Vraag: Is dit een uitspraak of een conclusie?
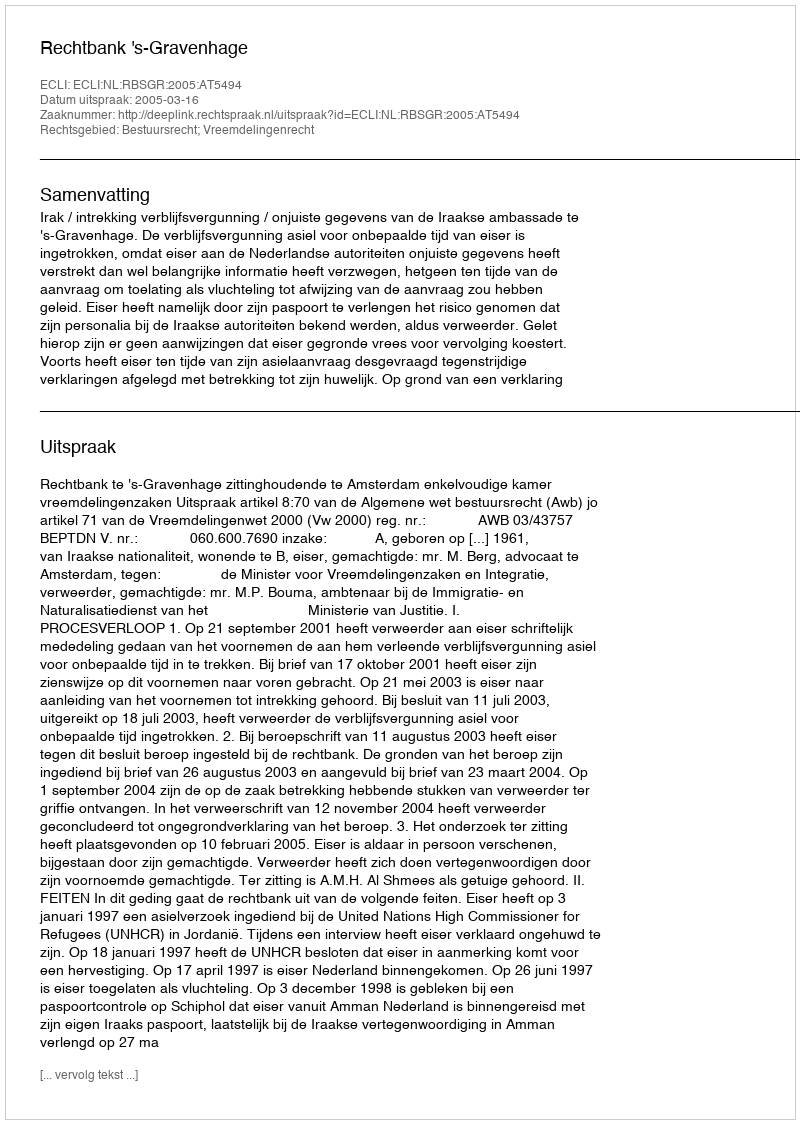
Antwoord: Uitspraak